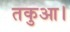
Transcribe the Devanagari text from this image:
तकुआ।